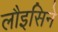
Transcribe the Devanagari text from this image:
लौइसिने